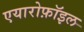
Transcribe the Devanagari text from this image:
एयारोफ़ॉइल